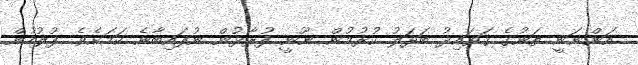
އަންނަނީ ތަނުގެ ޤަވައިދު ބަދަލު ކުރުމުން ނޫނީ ފުރާޅުން ނުފައިބާނެ ކަމަށެވެ. ފުލުހުން